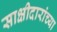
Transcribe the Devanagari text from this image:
साक्षीदारांच्या